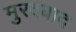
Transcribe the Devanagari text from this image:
मुरदबाद